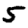
Digit: 5